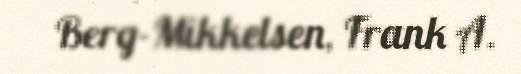
Berg-Mikkelsen, Frank A.